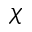
\chi